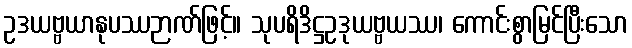
ဥဒယဗ္ဗယာနုပဿဉာဏ်ဖြင့်။ သုပရိဒိဋ္ဌဥဒုယဗ္ဗယဿ၊ ကောင်းစွာမြင်ပြီးသော